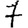
Digit: 7